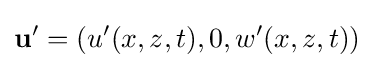
\mathbf {u} '=(u'(x,z,t),0,w'(x,z,t))